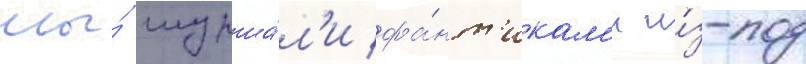
мы́ шурша́л'и фа́нт'икам'и и́з-под